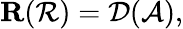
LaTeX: \mathbf{R}(\mathcal{R})=\mathcal{D}(\mathcal{A}),